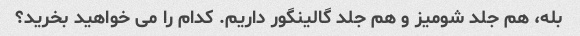
بله، هم جلد شومیز و هم جلد گالینگور داریم. کدام را می خواهید بخرید؟